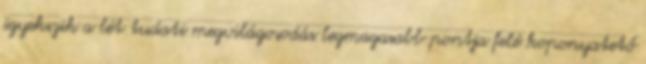
igyekszik a lét tudati megvilágosodás legmagasabb pontja felé koponyatető